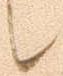
候